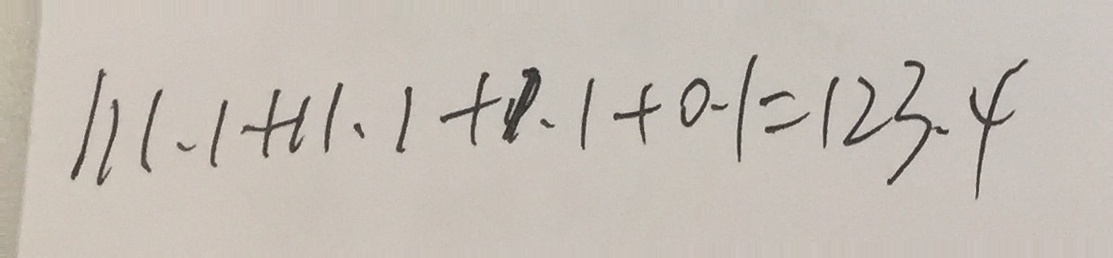
1 1 1 . 1 + 1 1 . 1 + 1 . 1 + 0 . 1 = 1 2 3 . 4